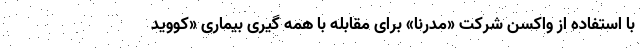
با استفاده از واکسن شرکت «مدرنا» برای مقابله با همه گیری بیماری «کووید